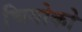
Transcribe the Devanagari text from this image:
चियोको